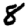
Digit: 8